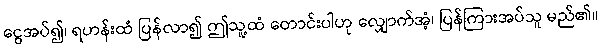
ငွေအပ်၍၊ ရဟန်းထံ ပြန်လာ၍ ဤသူ့ထံ တောင်းပါဟု လျှောက်အံ့၊ ပြန်ကြားအပ်သူ မည်၏။